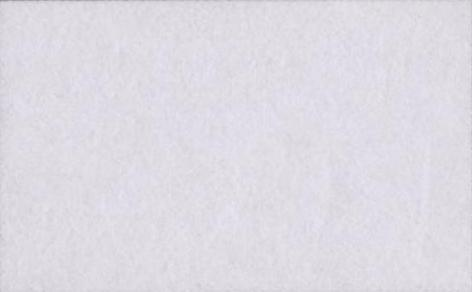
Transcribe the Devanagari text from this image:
गंदे